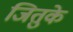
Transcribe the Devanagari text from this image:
जितुके